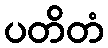
ပတိတံ